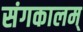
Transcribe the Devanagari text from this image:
संगकालम्